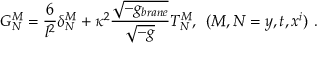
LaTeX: G _ { N } ^ { M } = \frac { 6 } { l ^ { 2 } } \delta _ { N } ^ { M } + \kappa ^ { 2 } \frac { \sqrt { - g _ { b r a n e } } } { \sqrt { - g } } T _ { N } ^ { M } , \: \: ( M , N = y , t , x ^ { i } ) \ .